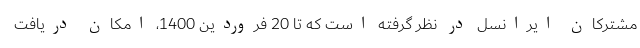
مشترکان ایرانسل در نظر گرفته است که تا 20 فروردین 1400، امکان دریافت